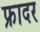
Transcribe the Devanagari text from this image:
फ्रादर